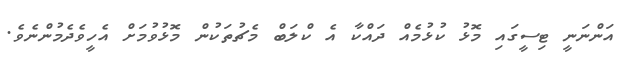
އަންނަނީ ޓިސީގައި މޮޅު ކުޅުމެއް ދައްކާ އެ ކްލަބް މެޗުތަކުން މޮޅުވުމަށް އެހީވެދެމުންނެވެ.